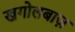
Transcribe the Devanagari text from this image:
खगोलबाज़